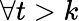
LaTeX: \forall t>k